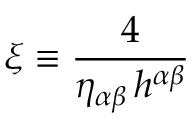
\xi \equiv \frac { 4 } { \eta _ { \alpha \beta } \, h ^ { \alpha \beta } }